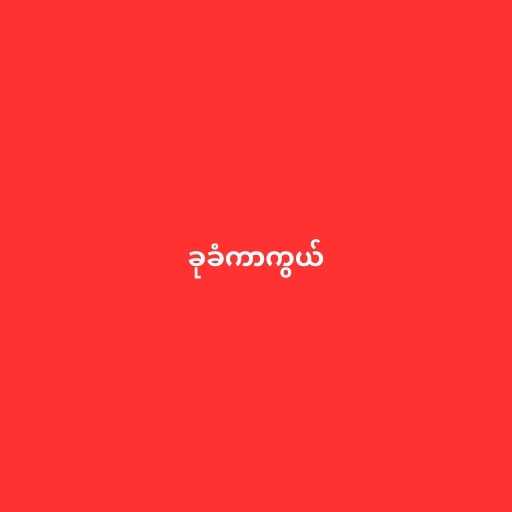
ခုခံကာကွယ်